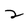
Character: 2